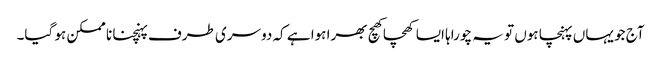
آج جو یہاں پہنچا ہوں تو یہ چوراہا ایسا کھچا کھچ بھرا ہوا ہے کہ دوسری طرف پہنچنا نا ممکن ہو گیا۔